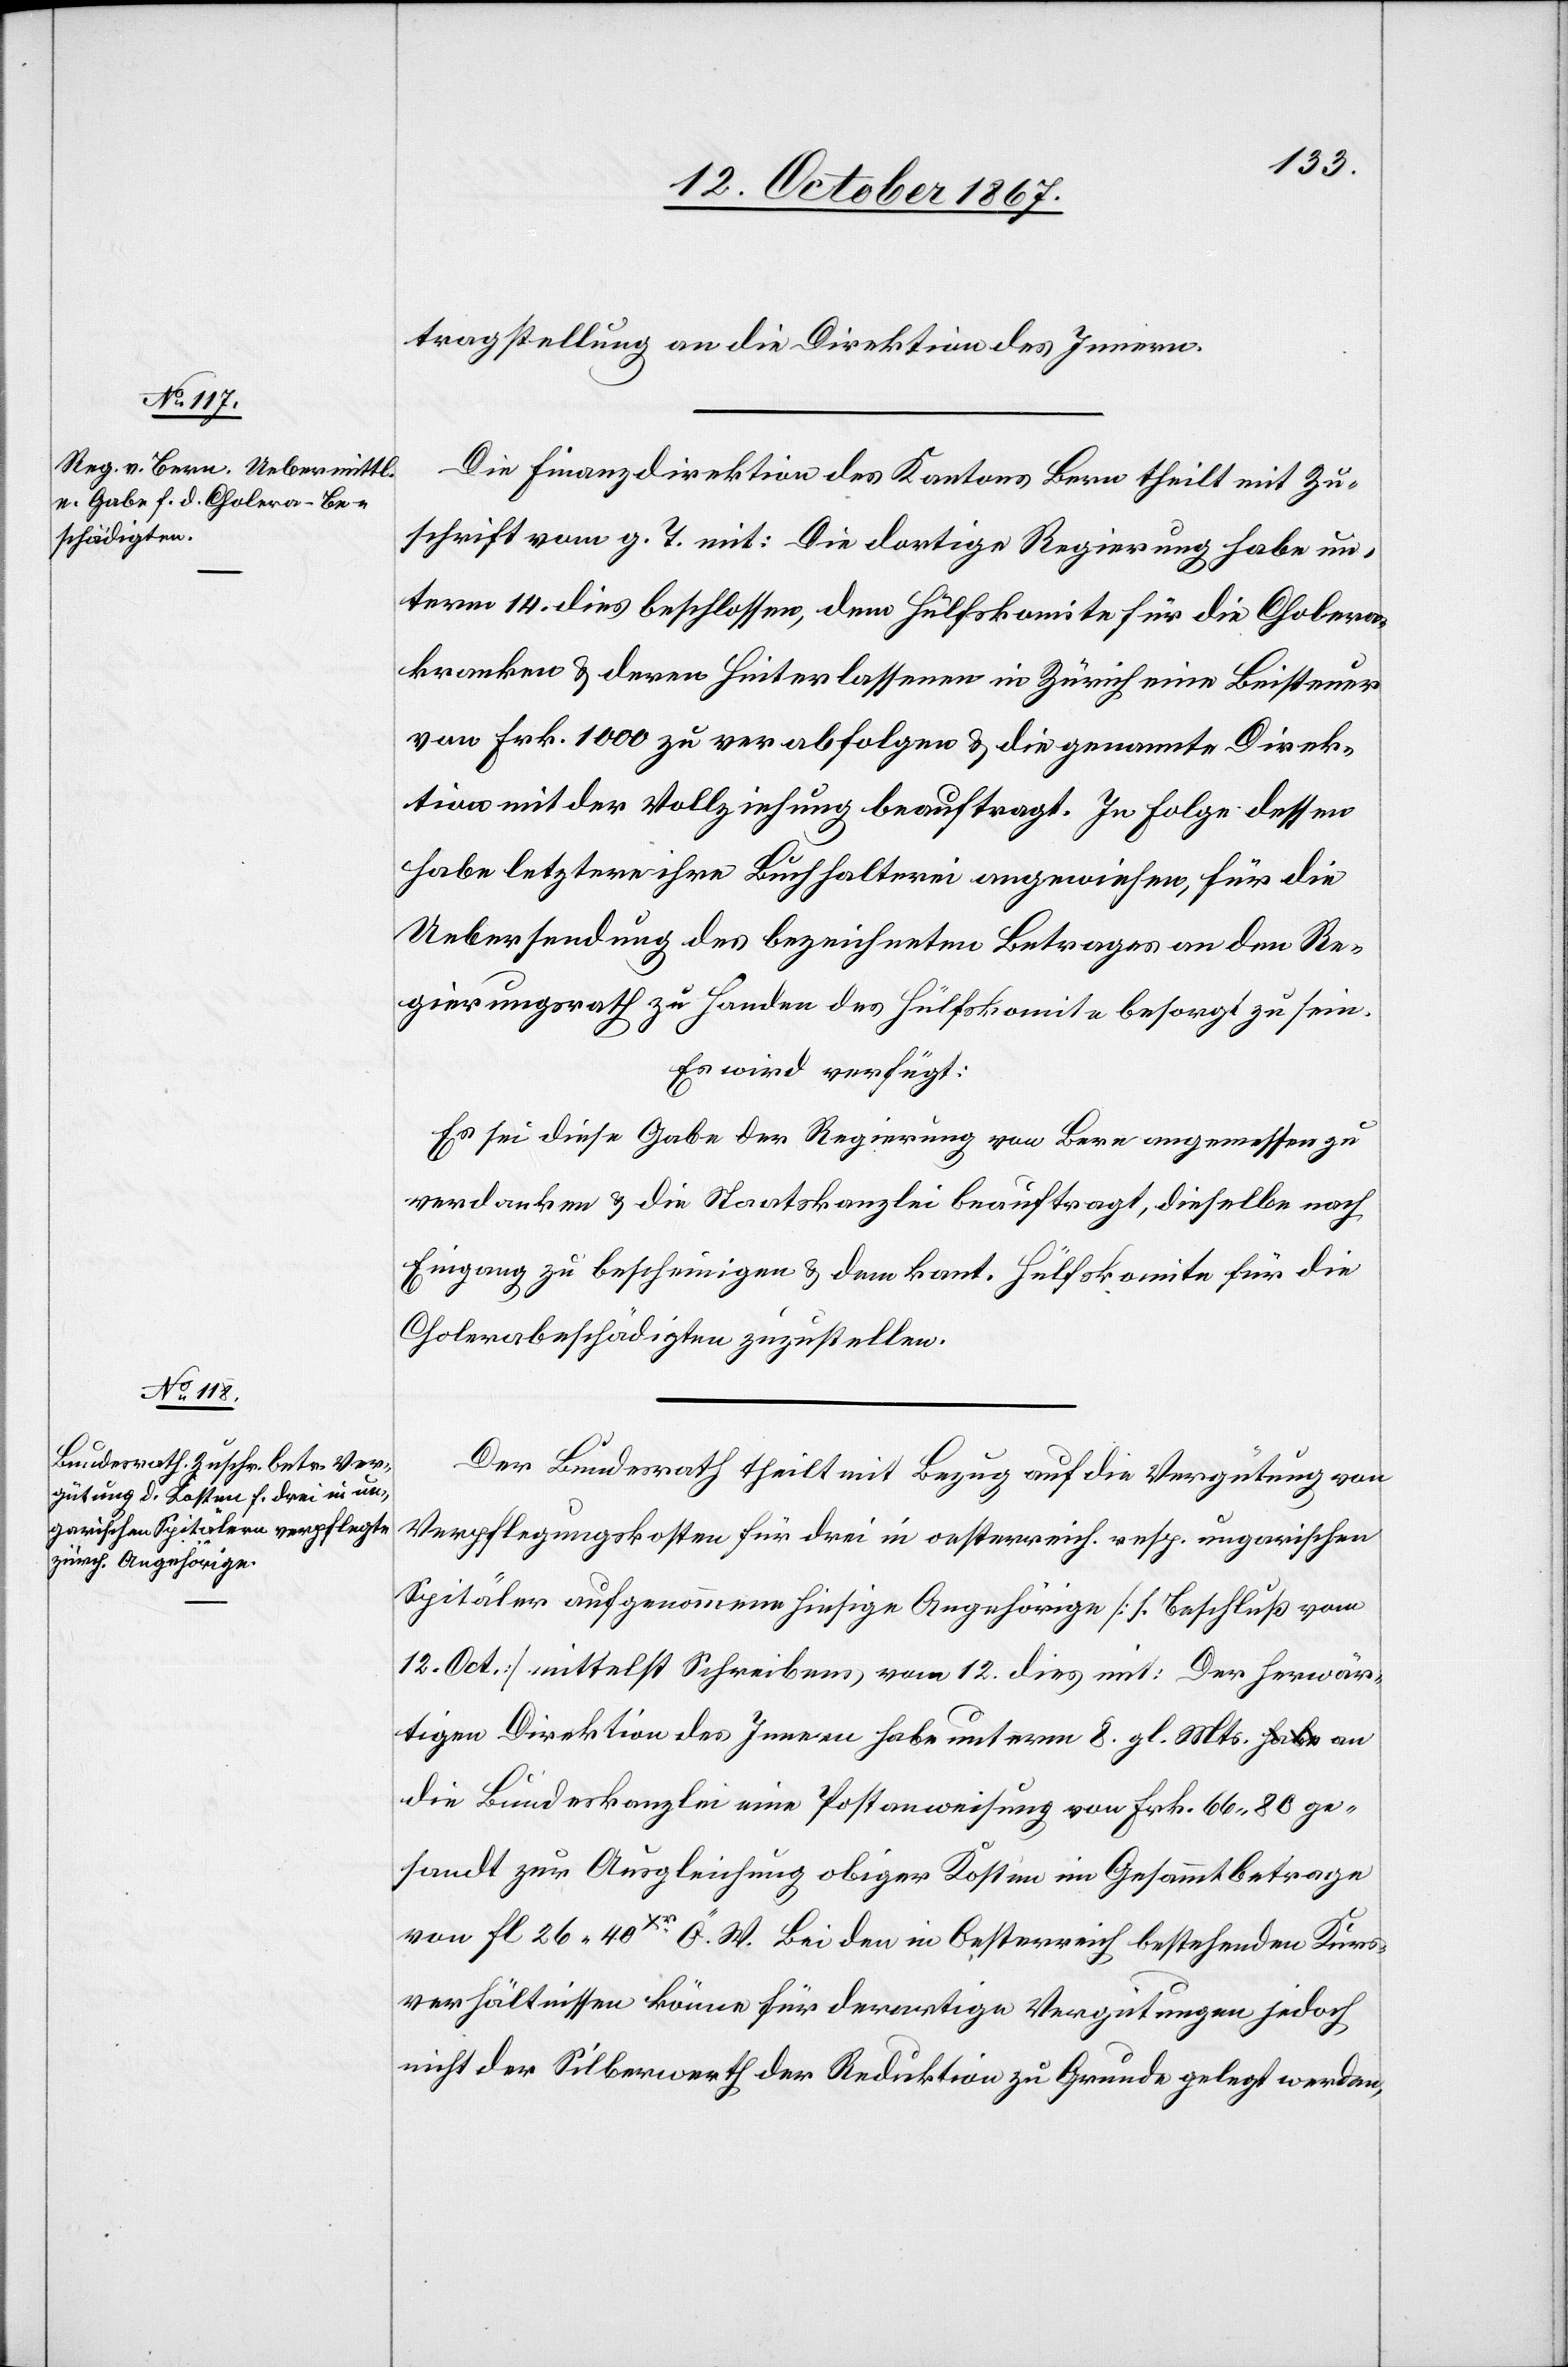
17. October 1867.]
tragstellung an die Direktion des Innern.
Die Finanzdirektion des Kantons Bern theilt mit Zu¬
schrift vom g. T. mit: Die dortige Regierung habe un¬
term 14. dies beschlossen, dem Hülfskomite für die Cholera¬
kranken u. deren Hinterlassenen in Zürich eine Beisteuer
von Frk. 1000 zu verabfolgen u. die genannte Direk¬
tion mit der Vollziehung beauftragt. In Folge dessen
her¬
habe letztere ihre Buchhalterei angewiesen, für die
Uebersendung des bezeichneten Betrages an den Re¬
gierungsrath zu Handen des Hülfskomite besorgt zu sein.
Es wird verfügt:
Es sei diese Gabe der Regierung von Bern angemessen zu
verdanken u. die Staatskanzlei beauftragt, dieselbe nach
Eingang zu bescheinigen u. dem kant. Hülfskomite für die
Cholerabeschädigten zuzustellen.
Der Bundesrath theilt mit Bezug auf die Vergütung von
Verpflegungskosten für drei in oesterreich. resp. ungarischen
Spitäler aufgenommene hiesige Angehörige [s. Beschluß vom
12. Oct] mittelst Schreiben, vom 12. dies mit: Der [rec¬
wärtigen Direktion des Innern habe unterm 8. gl. Mts. an
die Bundeskanzlei eine Postanweisung von Frk. 66.80 ge¬
sandt zur Ausgleichung obiger Kosten im Gesammtbetrage
von fl. 26.40Xr. Ö. W. Bei den in Oesterreich bestehenden Kurs¬
verhältnissen könne für derartige Vergütungen jedoch
nicht der Silberwerth der Reduktion zu Grunde gelegt werden,